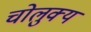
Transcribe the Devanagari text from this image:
चोलुक्य